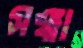
সঞ্ঝা